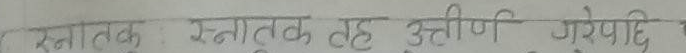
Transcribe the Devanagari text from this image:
स्नातक स्नातक वह उत्तीर्ण पेप यदि